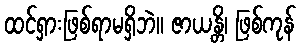
ထင်ရှားဖြစ်ရာမရှိဘဲ။ ဇာယန္တိ၊ ဖြစ်ကုန်